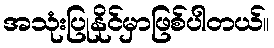
အသုံးပြုနိုင်မှာဖြစ်ပါတယ်။